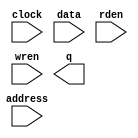
module RAM_ac_Wn_48 (
	address,
	clock,
	data,
	rden,
	wren,
	q);

	input	[8:0]  address;
	input	  clock;
	input	[47:0]  data;
	input	  rden;
	input	  wren;
	output	[47:0]  q;
`ifndef ALTERA_RESERVED_QIS
// synopsys translate_off
`endif
	tri1	  clock;
	tri1	  rden;
`ifndef ALTERA_RESERVED_QIS
// synopsys translate_on
`endif

endmodule